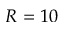
R = 1 0